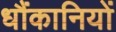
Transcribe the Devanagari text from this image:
धौंकानियों